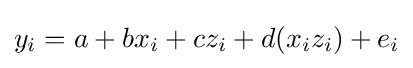
y_{i}=a+bx_{i}+cz_{i}+d(x_{i}z_{i})+e_{i}